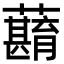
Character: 蘛